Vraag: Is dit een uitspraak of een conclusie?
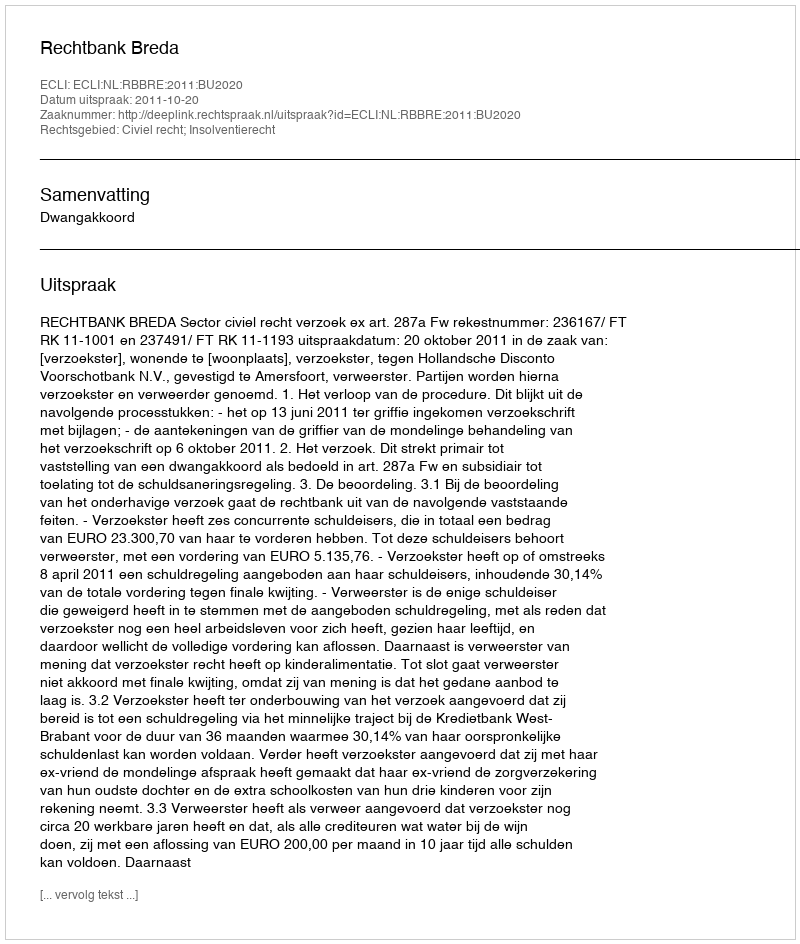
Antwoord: Uitspraak